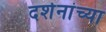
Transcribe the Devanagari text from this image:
दर्शनांच्या